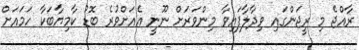
ރާއްޖެ މި ރީޖަންގައި ވިދާލާފައިވާ މިންވަރަށް ނޫނީ އެއަށްވުރެ ބޮޑު ކާމިޔާބަކާ ހަމައަށް